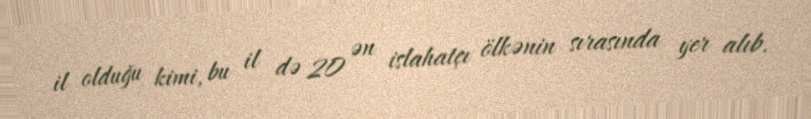
il olduğu kimi, bu il də 20 ən islahatçı ölkənin sırasında yer alıb.